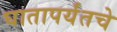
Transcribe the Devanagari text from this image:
घातापर्यंतचे